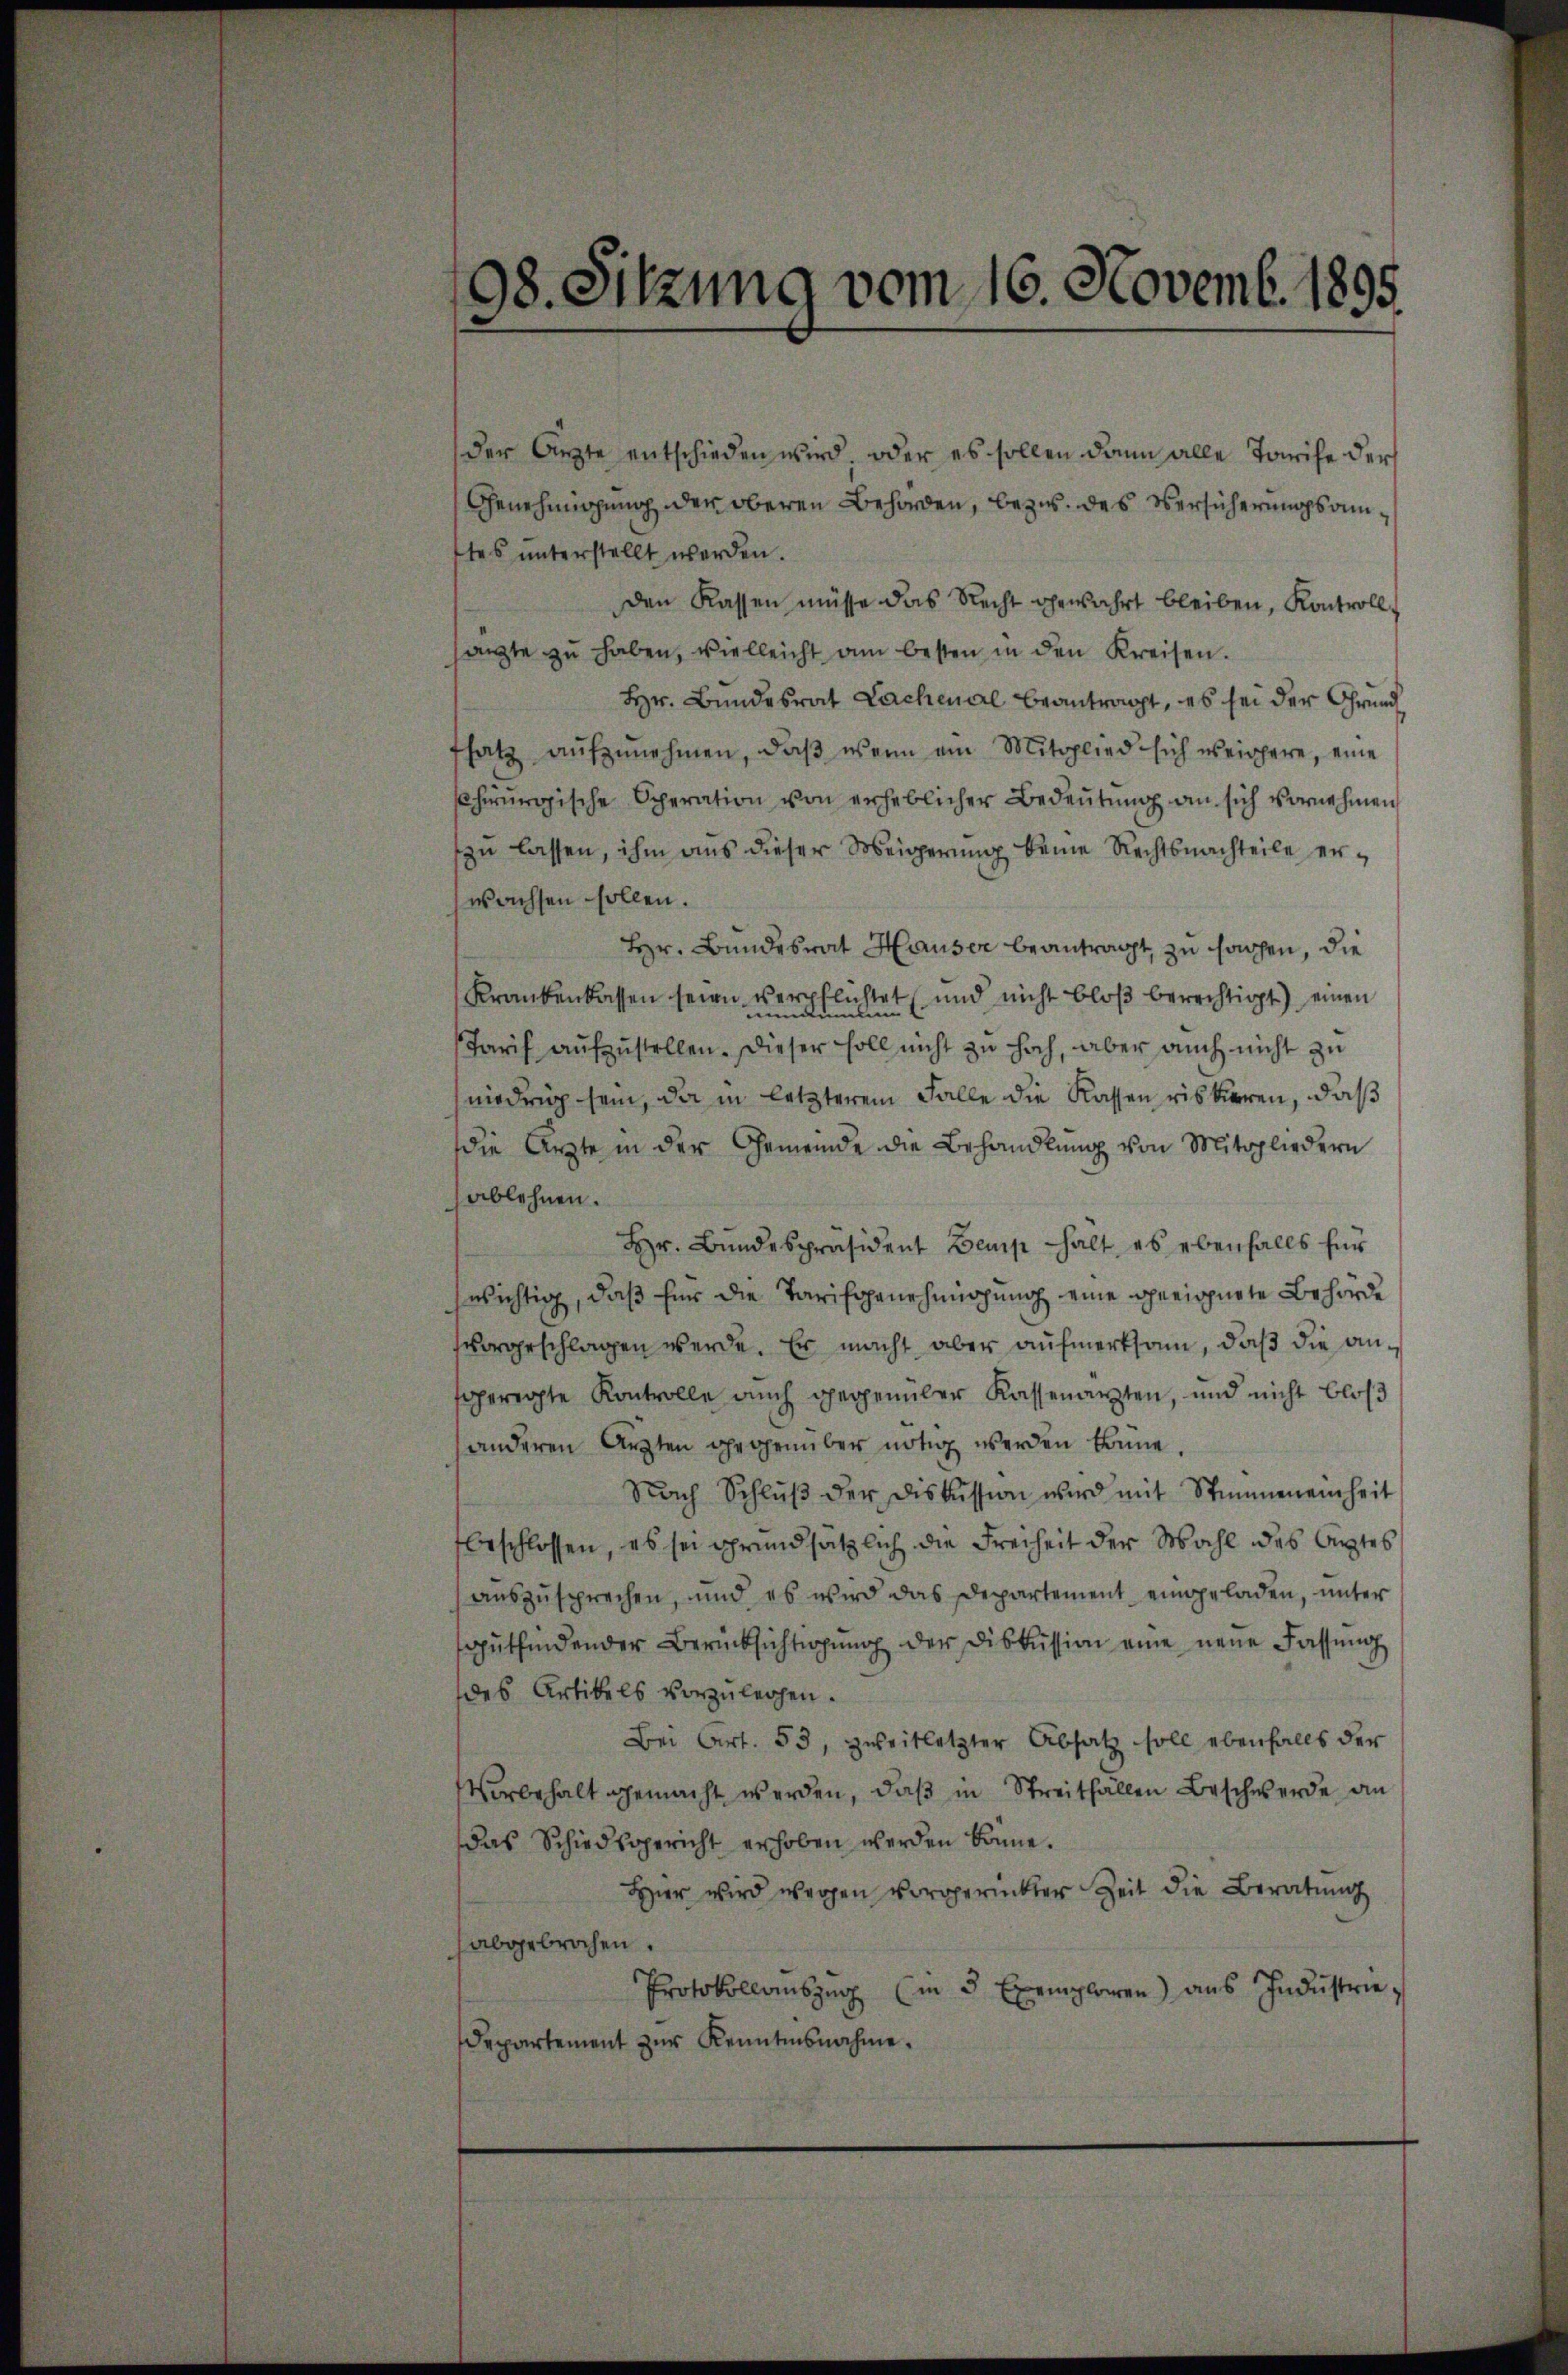
98. Sitzung vom 16. Novemb. 1895.
.

der Arzte entschieden wird, oder es sollen dann alle Tarife der
Genehmigung der oberen Behörden, bezw. des Versicherungsamftes unterstellt werden.
den Kassen müsse das Recht gewahrt bleiben, Kontroll
anzte zŭ haben, vielleicht am besten in den Kreisen.
Hr. Bundesrat Lachenal beantragt, es sei der Grundfsatz aŭfzŭnehmen, daβ wenn am Mitglied sich weichere, eine
schirurgische Operation von erheblicher Bedeŭtŭng an sich vornehmen
zŭ lassen, ihm aus dieser Meigerŭng keine Rechtsnachteile erwachsen sollen.
Hr. Bundesrat Hauser beantragt, zu sachen, die
Krankenkassen seien, verpflichtet (und nicht bloß berechtigt) einen
Tarif aufzustellen. Dieser soll nicht zu hoch, aber auch nicht zu
niedrig sein, da in letzterem Falle die Kassen riskieren, daß
die Ärzte in der Gemeinde die Behandlung von Mitgliedern
ablehnen.
Hr. Bŭndespräsident Bemp halt, es ebenfalls für
swichtig, daß für die Tarifopanehmigung eine geeignete Behörde
vorgeschlagen werde. Er macht aber aufmerksam, daß die anfgeregte Kontrolle auch gegenüber Kassenarzten, und nicht bloß
anderen Arzten gegenüber nötig werden könne.
Nach Schlŭβ der Diskussion wird mit Stimmeneinheit
beschlossen, es sei grundsätzlich die Freiheit der Wahl des Ortes
aŭszŭsprechen, und es wird das Departement eingeladen, ŭnter
gŭtfindender Berücksichtigŭng der Diskussion eine neue Fassŭng
des Artikels vorzulegen.
Bei Art. 53, zweitletzter Absatz soll ebenfalls der
Vorbehalt gemacht werden, daβ in Streitfallen Beschwerde an
das Schiedsgericht erhoben werden könne.
Hier wird wegen vorgerückter Zeit die Beratung
abgebrochen.
Protokollaŭszŭg (in 3 Exemplaren aŭs Indŭstrie,
Departement zur Kenntnisnahme.